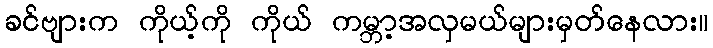
ခင်ဗျားက ကိုယ့်ကို ကိုယ် ကမ္ဘာ့အလှမယ်များမှတ်နေလား။